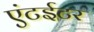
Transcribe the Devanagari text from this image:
एंटईटर